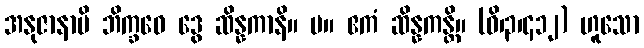
အနုဇာနာမိ ဘိက္ခဝေ ဒွေ ဆိန္နကာနိ။ ပ။ ဧကံ ဆိန္နကန္တိ။ (ဝိ၊၃၊၄၁၂) ဟူသော